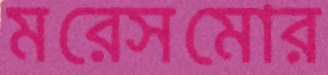
মরেসমোর